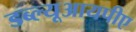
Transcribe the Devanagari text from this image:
डब्ल्यूआयपीए